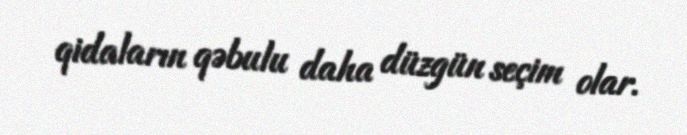
qidaların qəbulu daha düzgün seçim olar.